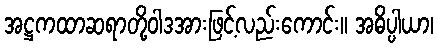
အဋ္ဌကထာဆရာတို့ဝါဒအားဖြင့်လည်းကောင်း။ အဓိပ္ပါယာ၊